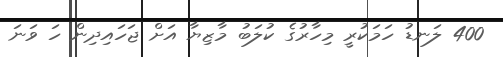
400 ލަނޑު ހަމަކުރީ މިހާރުގެ ކުލަބު މާޒިޔާ އަށް ޖަހައިދިން ހަ ވަނަ